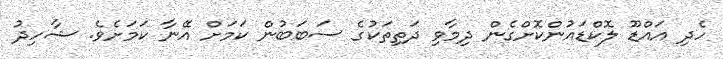
ހެދި އައްޑޫ ލޮކްޑައުންކޮށްގެން ދިމާވި ދަތިތަކުގެ ސަބަބުން ކަމަށް އޭނާ ކަމަށެވެ. ޝާހިދު